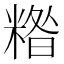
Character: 糌